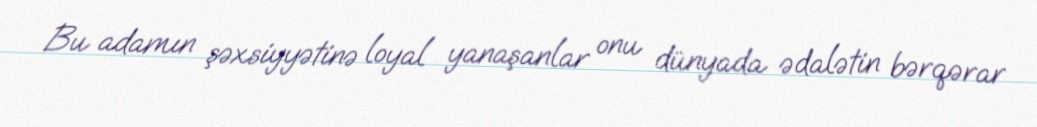
Bu adamın şəxsiyyətinə loyal yanaşanlar onu dünyada ədalətin bərqərar